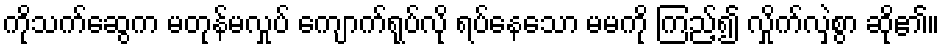
ကိုသက်ဆွေက မတုန်မလှုပ် ကျောက်ရုပ်လို ရပ်နေသော မမကို ကြည့်၍ လှိုက်လှဲစွာ ဆို၏။